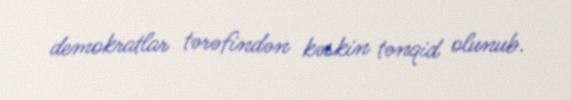
demokratlar tərəfindən kəskin tənqid olunub.